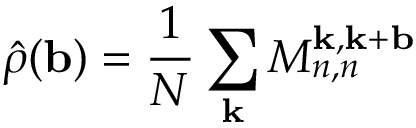
\hat { \rho } ( \mathbf { b } ) = \frac { 1 } { N } \sum _ { \mathbf { k } } M _ { n , n } ^ { \mathbf { k } , \mathbf { k } + \mathbf { b } }